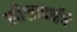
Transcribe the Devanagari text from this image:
लीलाबाईचे